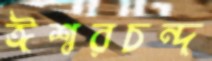
ঈশ্বরচন্দ